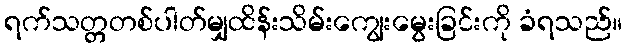
ရက်သတ္တတစ်ပါတ်မျှထိန်းသိမ်းကျွေးမွေးခြင်းကို ခံရသည်။